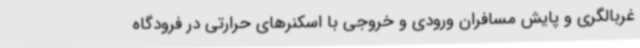
غربالگری و پایش مسافران ورودی و خروجی با اسکنرهای حرارتی در فرودگاه